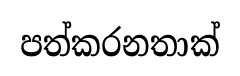
පත්කරනතාක්